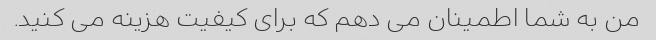
من به شما اطمینان می دهم که برای کیفیت هزینه می کنید.